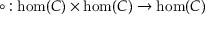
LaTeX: \circ : \hom ( C ) \times \hom ( C ) \to \hom ( C )